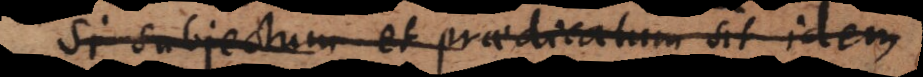
Si subjectum et praedicatum sit idem